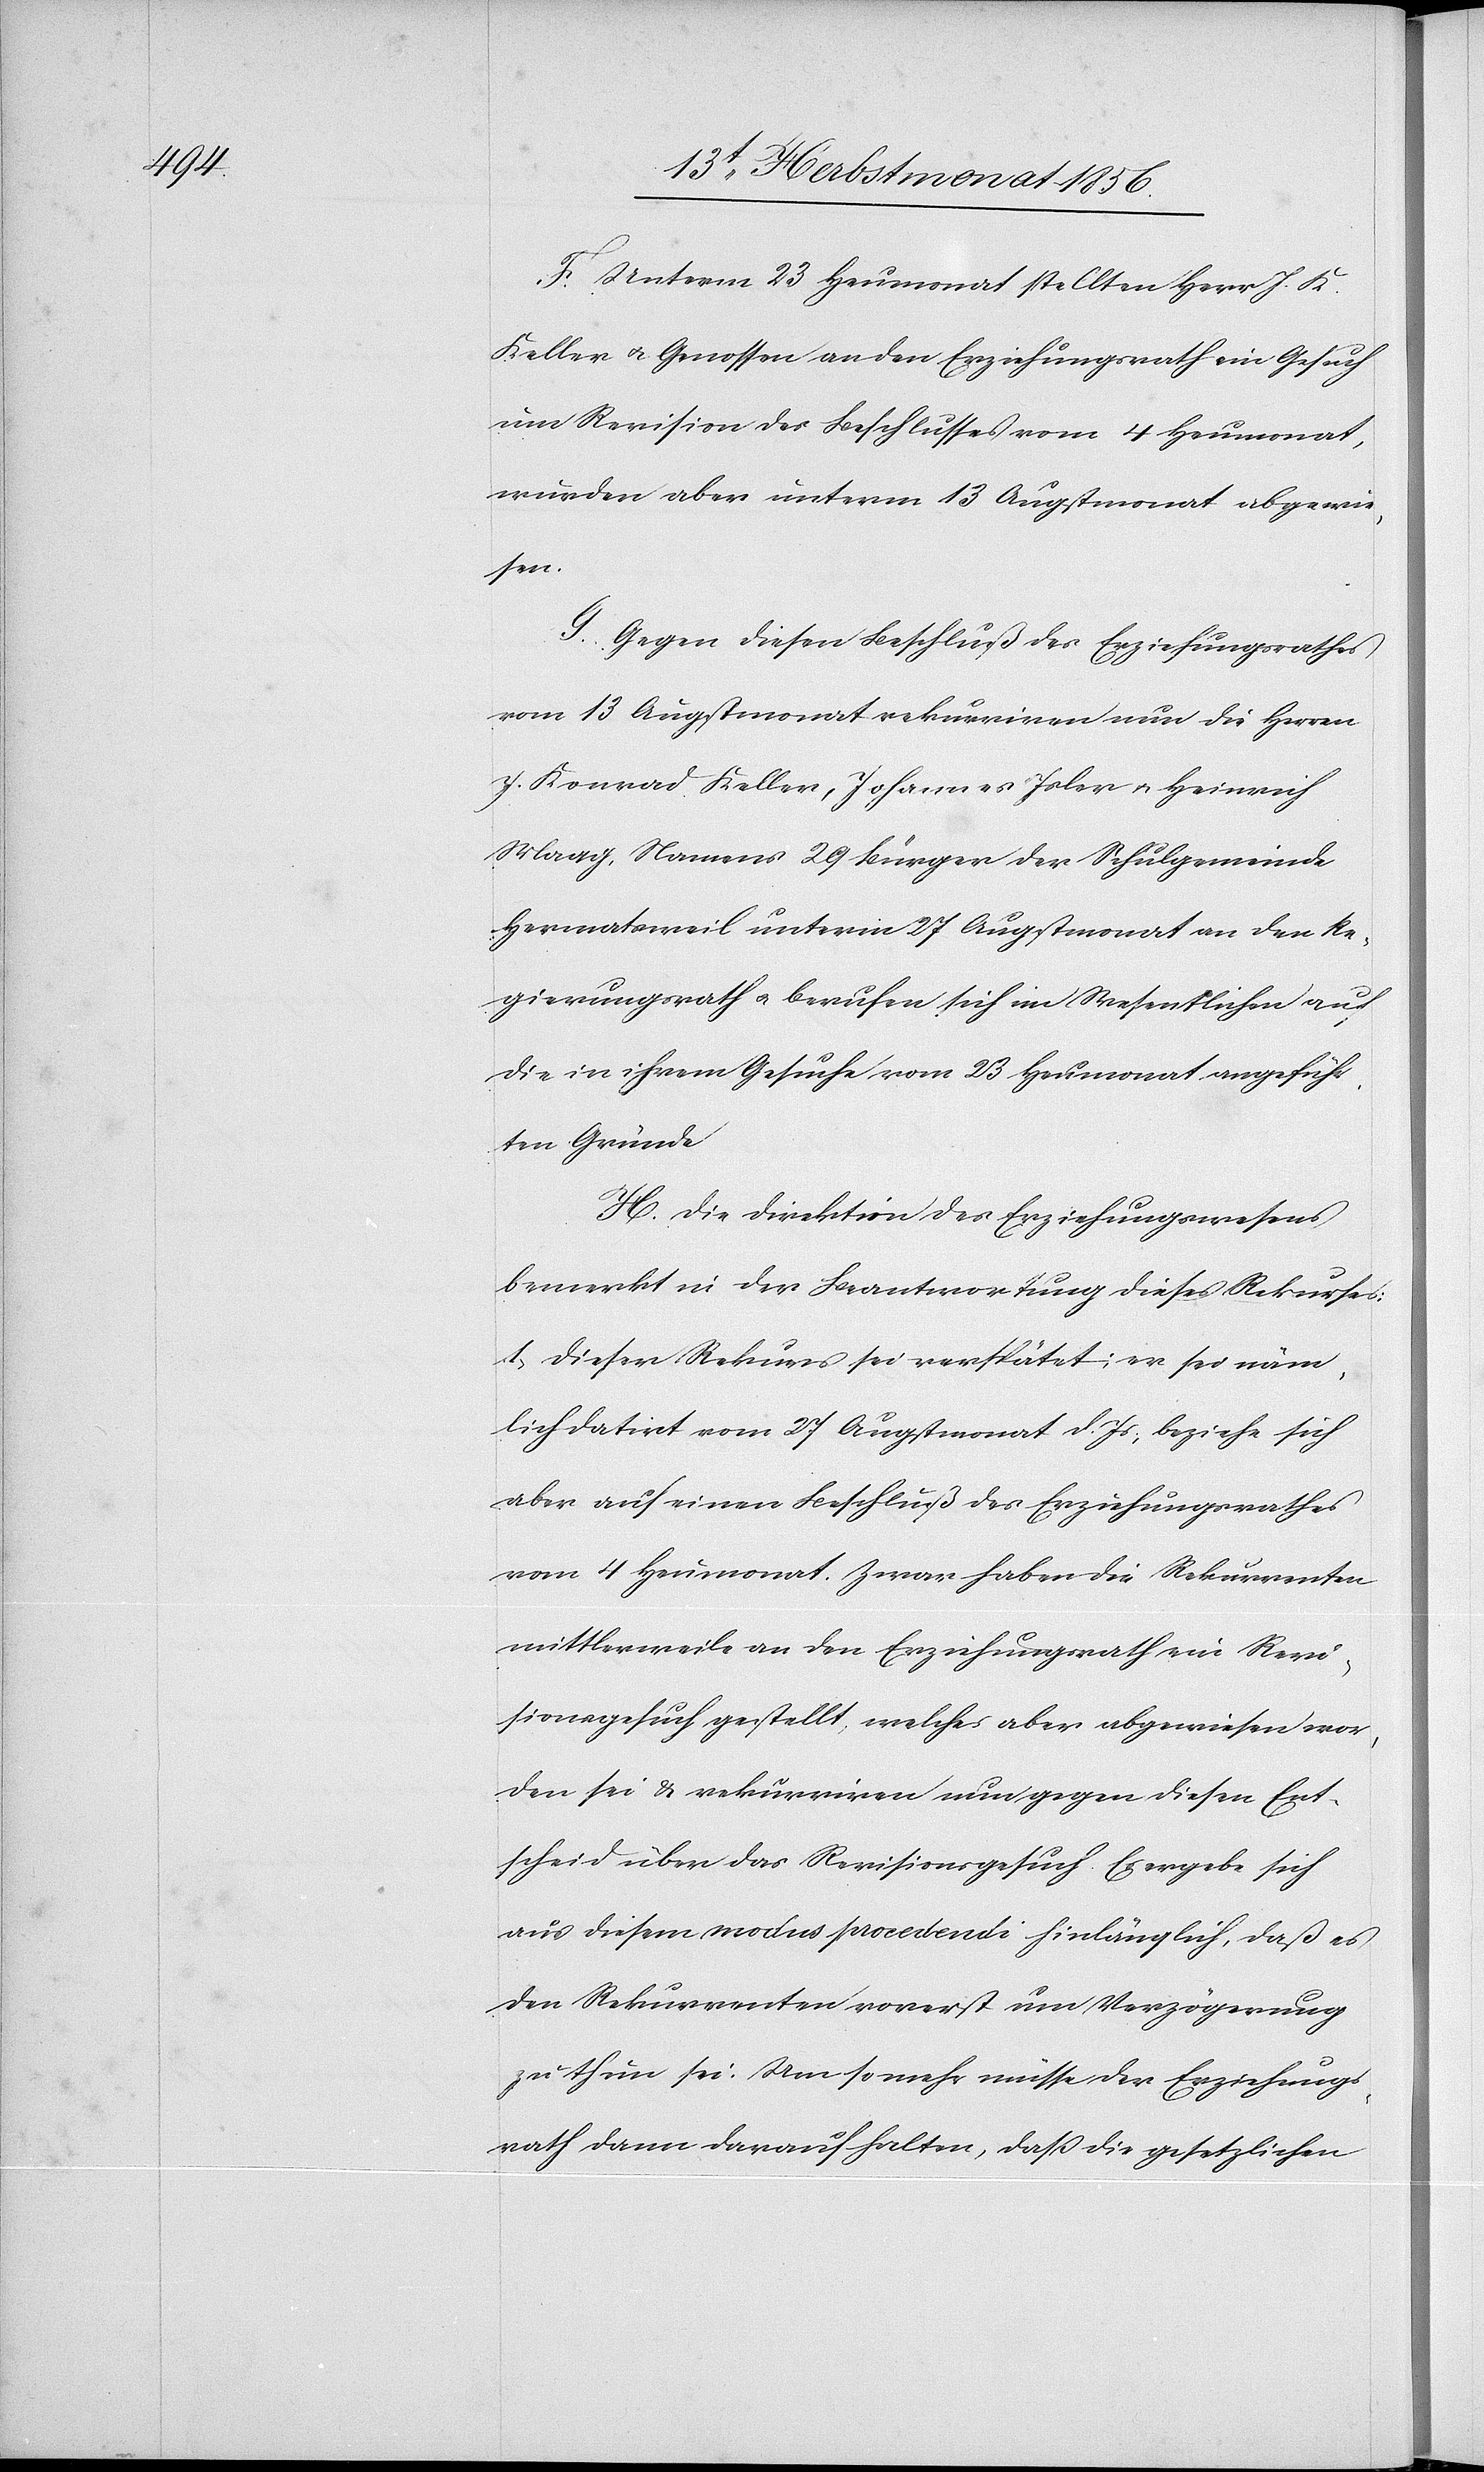
F. Unterm 23 Heumonat stellten Herr J. K.
Keller u. Genossen an den Erziehungsrath ein Gesuch
um Revision des Beschlusses vom 4 Heumonat,
wurden aber unterm 13 Augstmonat abgewie¬
sen.
G. Gegen diesen Beschluß des Erziehungsrathes
vom 13 Augstmonat rekurriren nun die Herren
J. Konrad Keller, Johannes Isler u. Heinrich
Maag, Namens 29 Bürger der Schulgemeinde
Hermatsweil [sic!] unterm 27 Augstmonat an den Re¬
gierungsrath u. berufen sich im Wesentlichen auf
die in ihrem Gesuche vom 23 Heumonat angeführ¬
ten Gründe.
H. Die Direktion des Erziehungswesens
bemerkt in der Beantwortung dieses Rekurses:
1.) Dieser Rekurs sei verspätet; er sei näm¬
lich datirt vom 27 Augstmonat d. Js; beziehe sich
aber auf einen Beschluß des Erziehungsrathes
vom 4 Heumonat. Zwar haben die Rekurrenten
mittlerweile an den Erziehungsrath ein Revi¬
sionsgesuch gestellt, welches aber abgewiesen wor¬
den sei & rekurriren nun gegen diesen Ent¬
scheid über das Revisionsgesuch. Es ergebe sich
aus diesem modus procedendi hinlänglich, daß es
den Rekurrenten vorerst um Verzögerung
zu thun sei. Um so mehr müsse der Erziehungs¬
rath dann darauf halten, dass die gesetzlichen